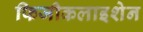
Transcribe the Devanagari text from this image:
फिजीकलाइशेन